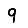
Digit: 9